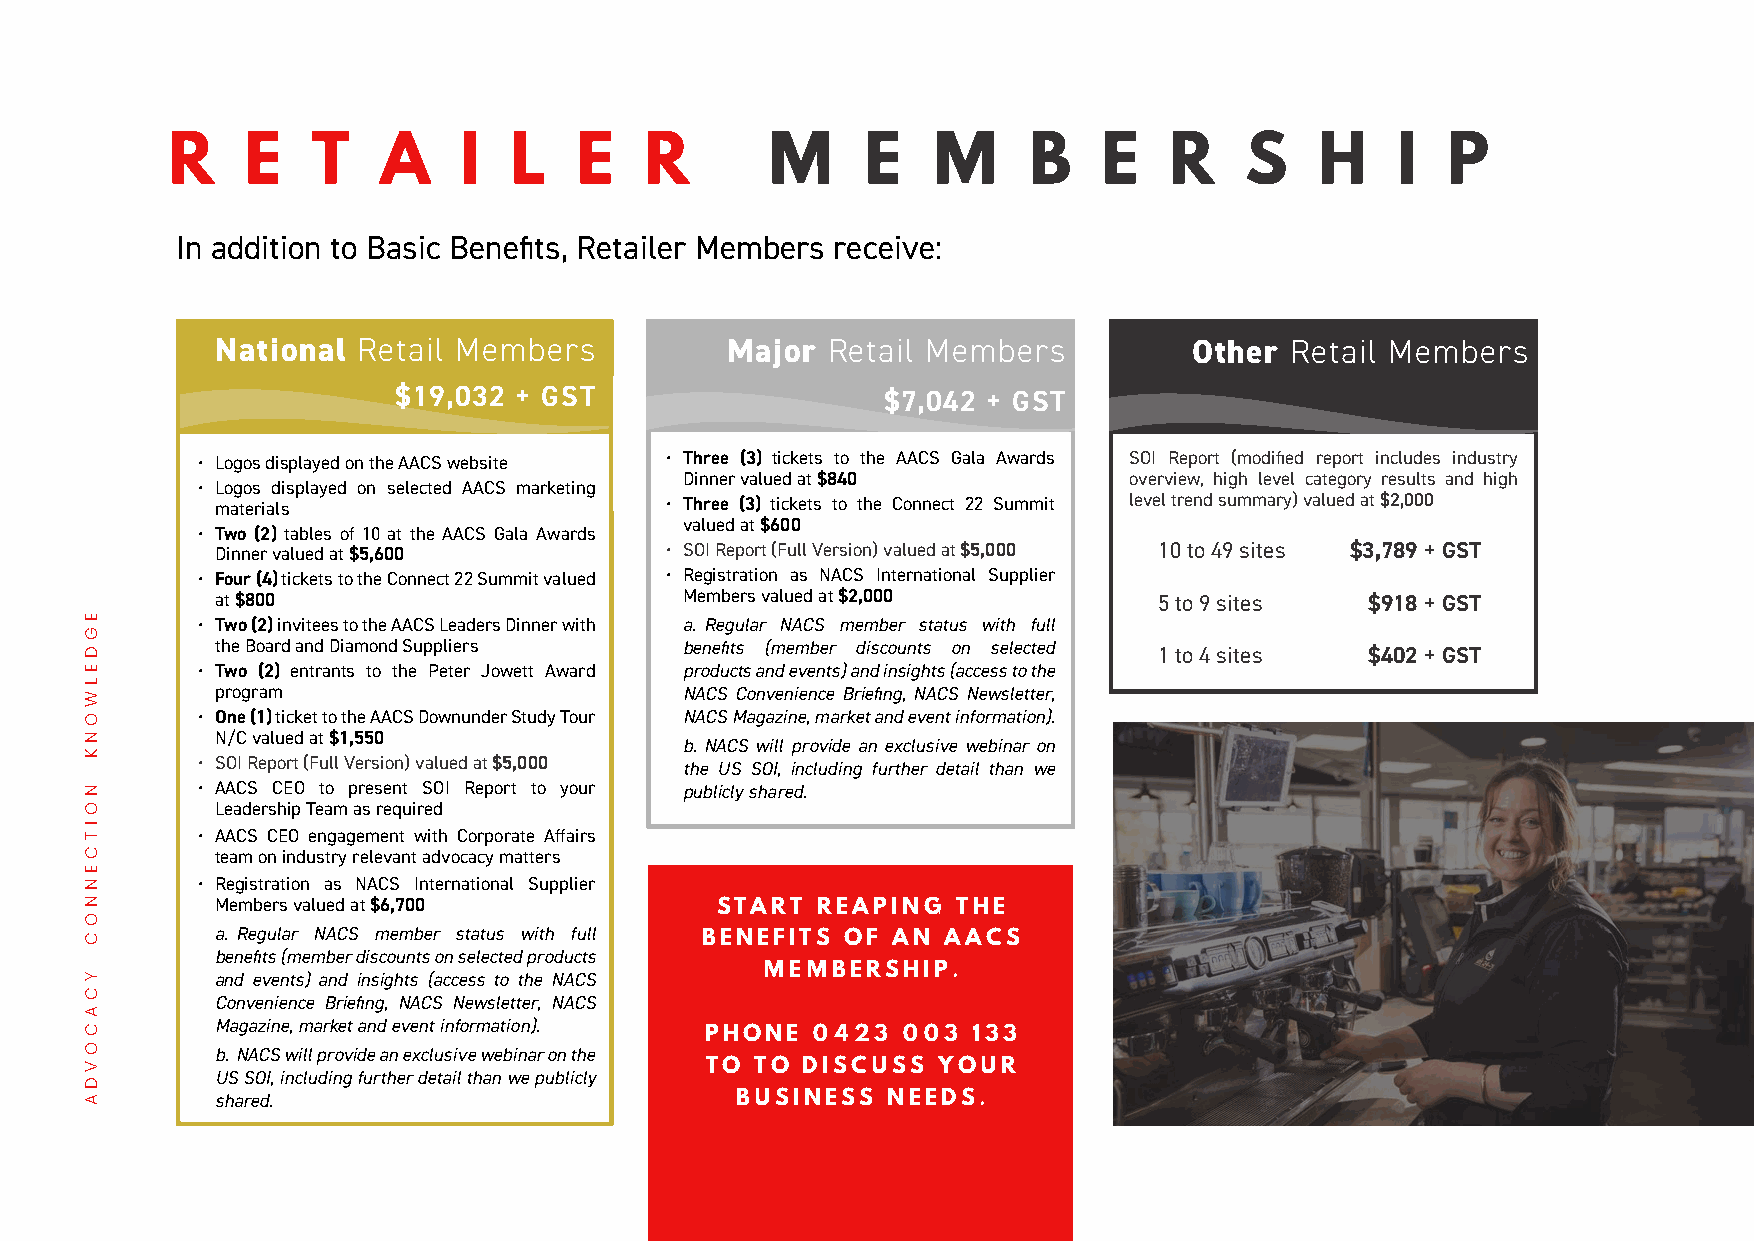
R    E    T   A    I   L   E    R       M     E    M     B    E   R    S    H    I   P
 In addition to Basic Benefits, Retailer Members receive:
 National  Retail Members          Major  Retail Members          Other Retail Members
 $19,032 + GST                    $7,042 + GST
 • Logos displayed on the AACS website • Three (3) tickets to the AACS Gala Awards SOI Report (modified report includes industry
 Dinner valued at $840         overview, high level category results and high
 • Logos displayed on selected AACS marketing
 materials                     • Three (3) tickets to the Connect 22 Summit level trend summary) valued at $2,000
 valued at $600
 • Two (2) tables of 10 at the AACS Gala Awards
 Dinner valued at $5,600       • SOI Report (Full Version) valued at $5,000 10 to 49 sites $3,789 + GST
 • Four (4) tickets to the Connect 22 Summit valued • Registration as NACS International Supplier
 at $800                        Members valued at $2,000        5 to 9 sites  $918 + GST
 • Two (2) invitees to the AACS Leaders Dinner with a. Regular NACS member status with full
 the Board and Diamond Suppliers benefits (member discounts on selected 1 to 4 sites $402 + GST
 • Two (2) entrants to the Peter Jowett Award products and events) and insights (access to the
 program                        NACS Convenience Briefing, NACS Newsletter,
 • One (1) ticket to the AACS Downunder Study Tour NACS Magazine, market and event information).
 N/C valued at $1,550
 b. NACS will provide an exclusive webinar on
 • SOI Report (Full Version) valued at $5,000 the US SOI, including further detail than we
 • AACS CEO to present SOI Report to your publicly shared.
 Leadership Team as required
 • AACS CEO engagement with Corporate Affairs
 team on industry relevant advocacy matters
 • Registration as NACS International Supplier
 Members valued at $6,700         START  REAPING  THE
 a. Regular NACS member status with full
 BENEFITS  OF AN  AACS
 benefits (member discounts on selected products
 MEMBERSHIP.
 and events) and insights (access to the NACS
 Convenience Briefing, NACS Newsletter, NACS
 Magazine, market and event information).
 PHONE  0423  003 133
 b. NACS will provide an exclusive webinar on the
 TO TO DISCUSS  YOUR
 US SOI, including further detail than we publicly
 shared.                            BUSINESS  NEEDS.
 EGDELWONK
 NOITCENNOC
 YCACOVDA